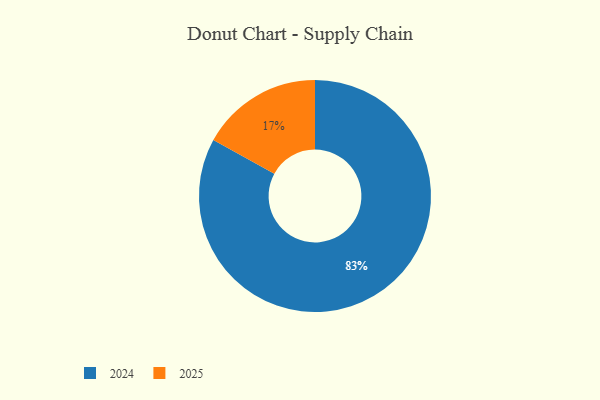
{"axis": {"x": "Category", "y": "Percentage"}, "legend": ["2024", "2025"], "data": [{"x": "2024", "y": 83, "type": "2024"}, {"x": "2025", "y": 17, "type": "2025"}]}